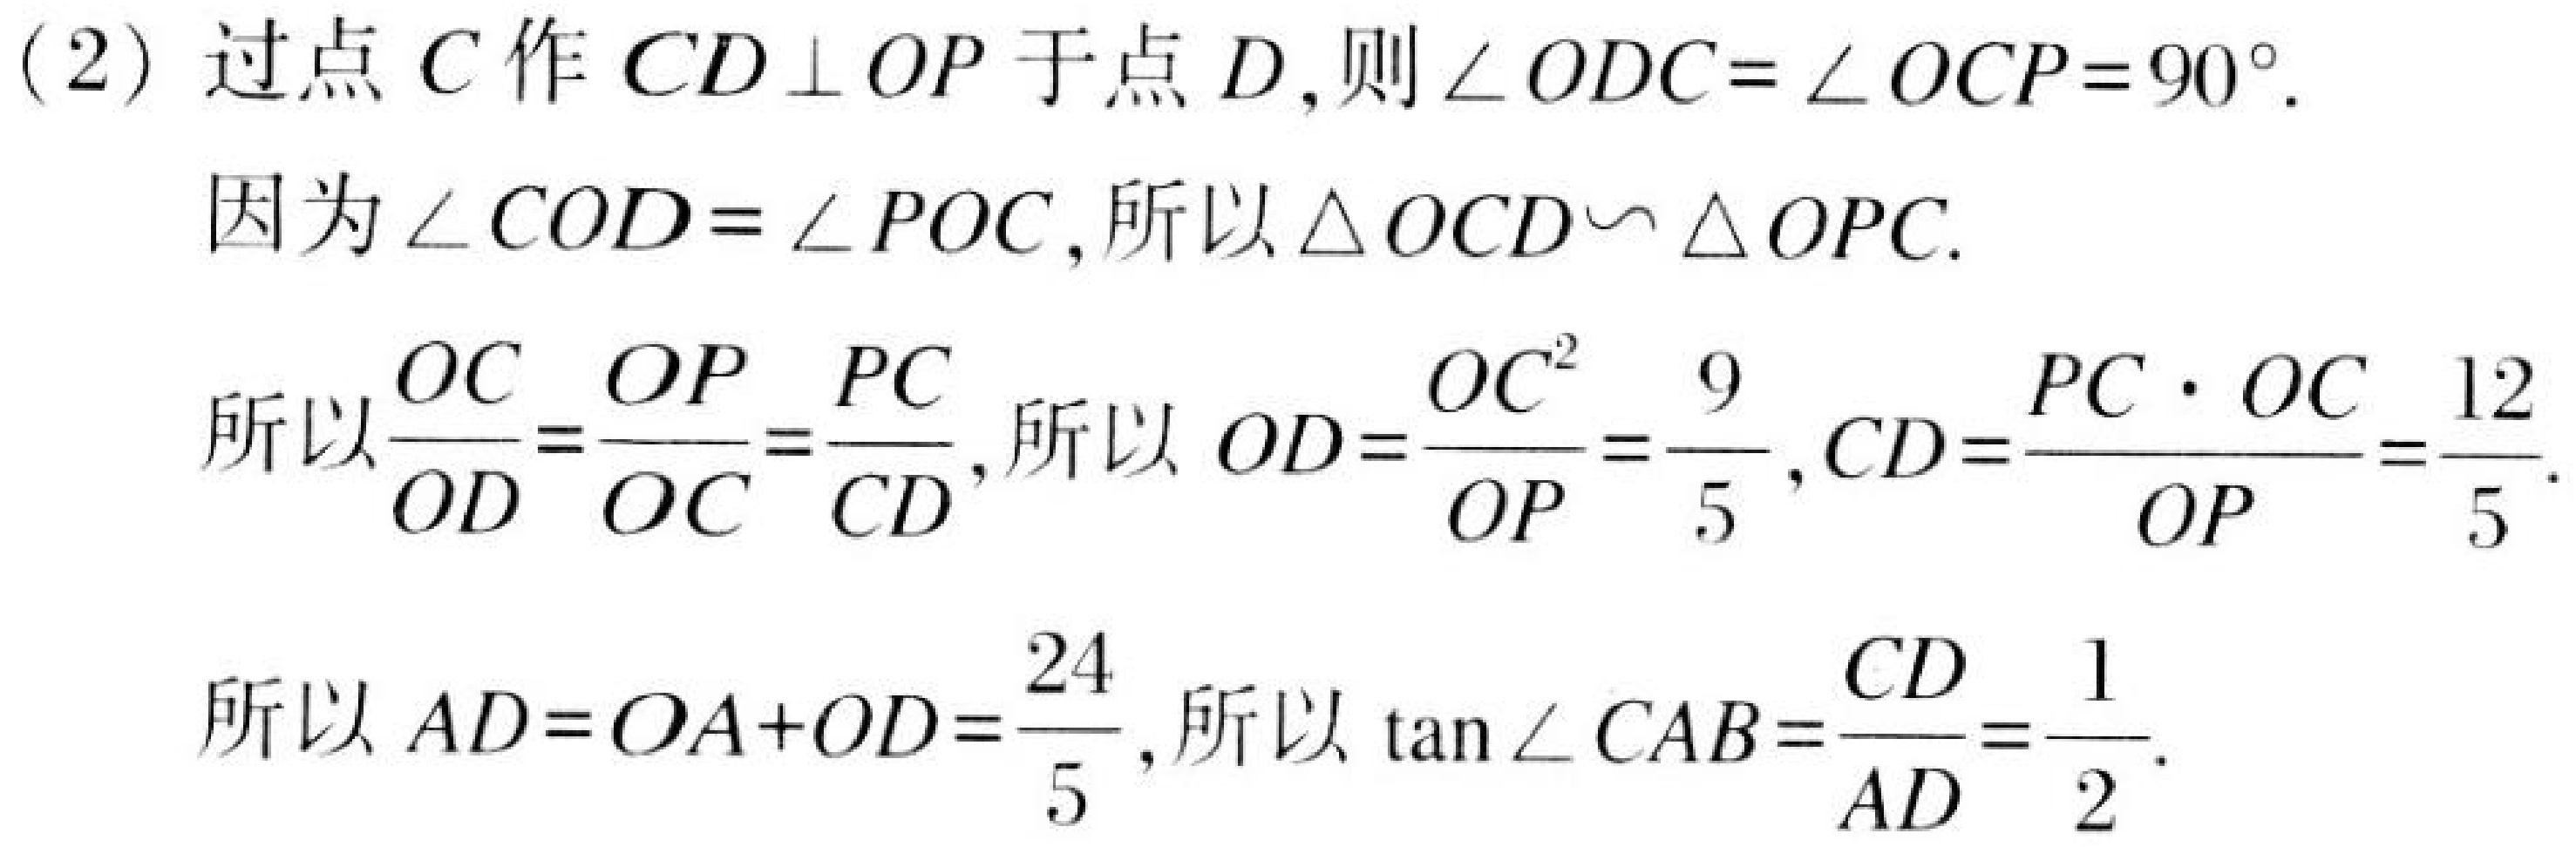
(2) 过点 \(C\) 作 \(CD\perp OP\) 于点 \(D\)，则 \(\angle ODC = \angle OCP = 90^{\circ}\).
因为 \(\angle COD=\angle POC\)，所以 \(\triangle OCD\sim\triangle OPC\).
所以 \(\dfrac{OC}{OD}=\dfrac{OP}{OC}=\dfrac{PC}{CD}\)，所以 \(OD = \dfrac{OC^{2}}{OP}=\dfrac{9}{5}\)，\(CD=\dfrac{PC\cdot OC}{OP}=\dfrac{12}{5}\).
所以 \(AD = OA + OD=\dfrac{24}{5}\)，所以 \(\tan\angle CAB=\dfrac{CD}{AD}=\dfrac{1}{2}\).